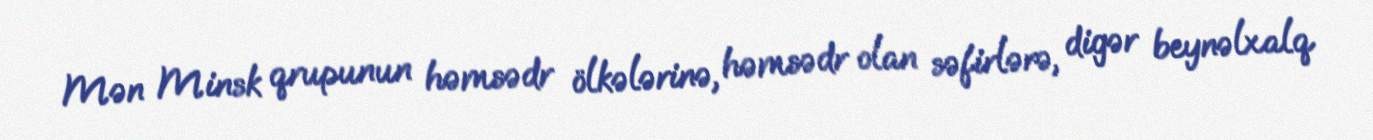
Mən Minsk qrupunun həmsədr ölkələrinə, həmsədr olan səfirlərə, digər beynəlxalq